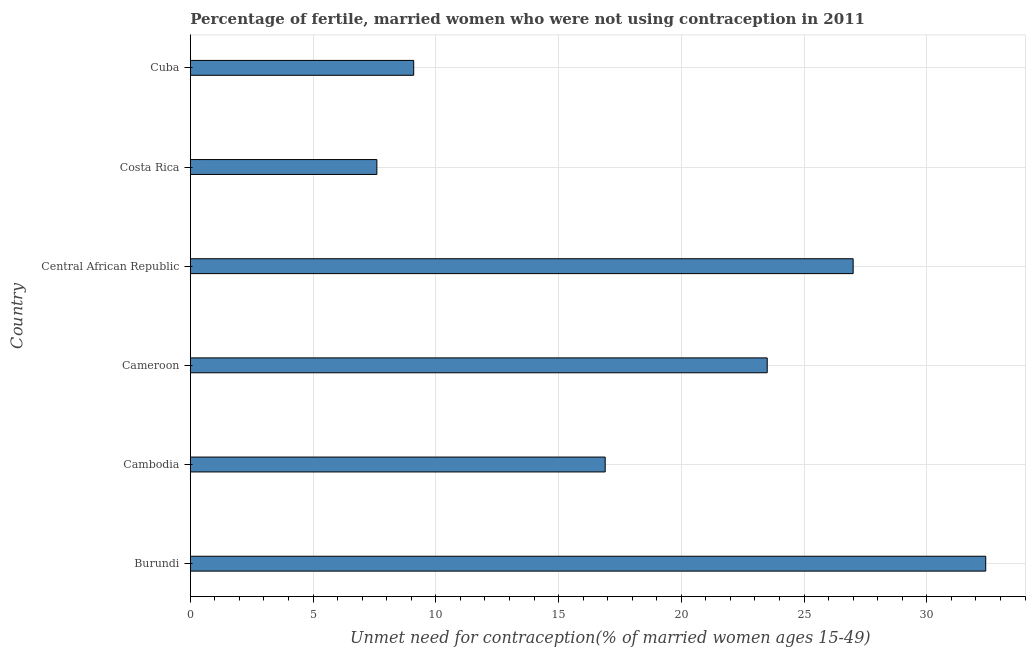
| Country | Unmet need for contraception |
 | --- | --- |
 | Burundi | 32.4 |
 | Cambodia | 16.9 |
 | Cameroon | 23.5 |
 | Central African Republic | 27 |
 | Costa Rica | 7.6 |
 | Cuba | 9.1 |